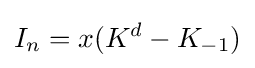
I_{n}=x(K^{d}-K_{-1})